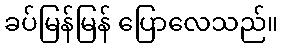
ခပ်မြန်မြန် ပြောလေသည်။